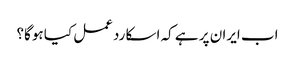
اب ایران پر ہے کہ اسکا ردعمل کیا ہوگا؟